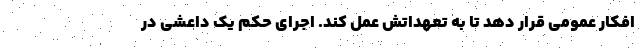
افکار عمومی قرار دهد تا به تعهداتش عمل کند. اجرای حکم یک داعشی در